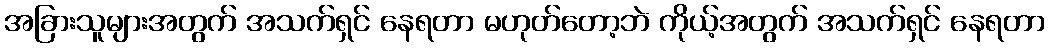
အခြားသူများအတွက် အသက်ရှင် နေရတာ မဟုတ်တော့ဘဲ ကိုယ့်အတွက် အသက်ရှင် နေရတာ